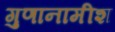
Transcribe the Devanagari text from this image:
गुणानामीश